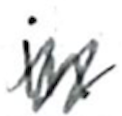
Text: in
Cross-out: zig-zag
Writing tool: ballpoint